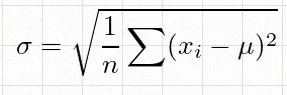
\sigma=\sqrt{\frac1n\sum(x_i-\mu)^2}